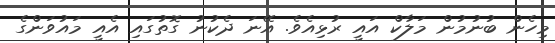
މިހެން ބުނުމުން މަލާކް އައީ ރުޅިއެވެ. އޭނަ ދެކުނު ގޮތުގައި އެއީ މައުވަންގެ